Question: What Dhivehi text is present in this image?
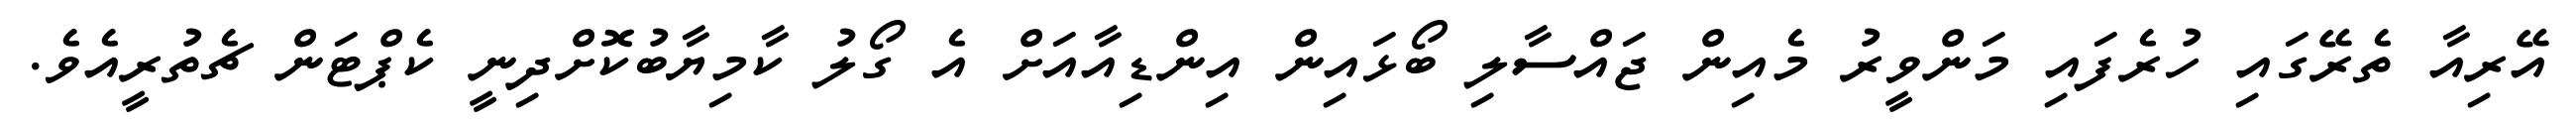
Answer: އޭރިއާ ތެރޭގައި ހުރެފައި މަންވީރު މެއިން ޖައްސާލި ބޯޅައިން އިންޑިއާއަށް އެ ގޯލު ކާމިޔާބުކޮށްދިނީ ކެޕްޓަން ޗެތުރީއެވެ.